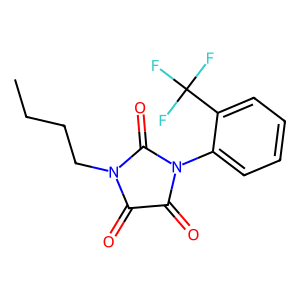
SMILES: CCCCN1C(=O)C(=O)N(c2ccccc2C(F)(F)F)C1=O
Inhibits HIV replication: No